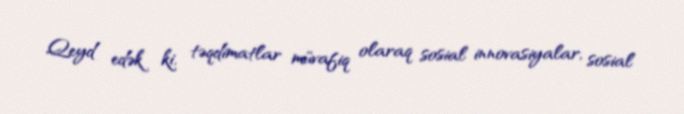
Qeyd edək ki, təqdimatlar müvafiq olaraq sosial innovasiyalar, sosial